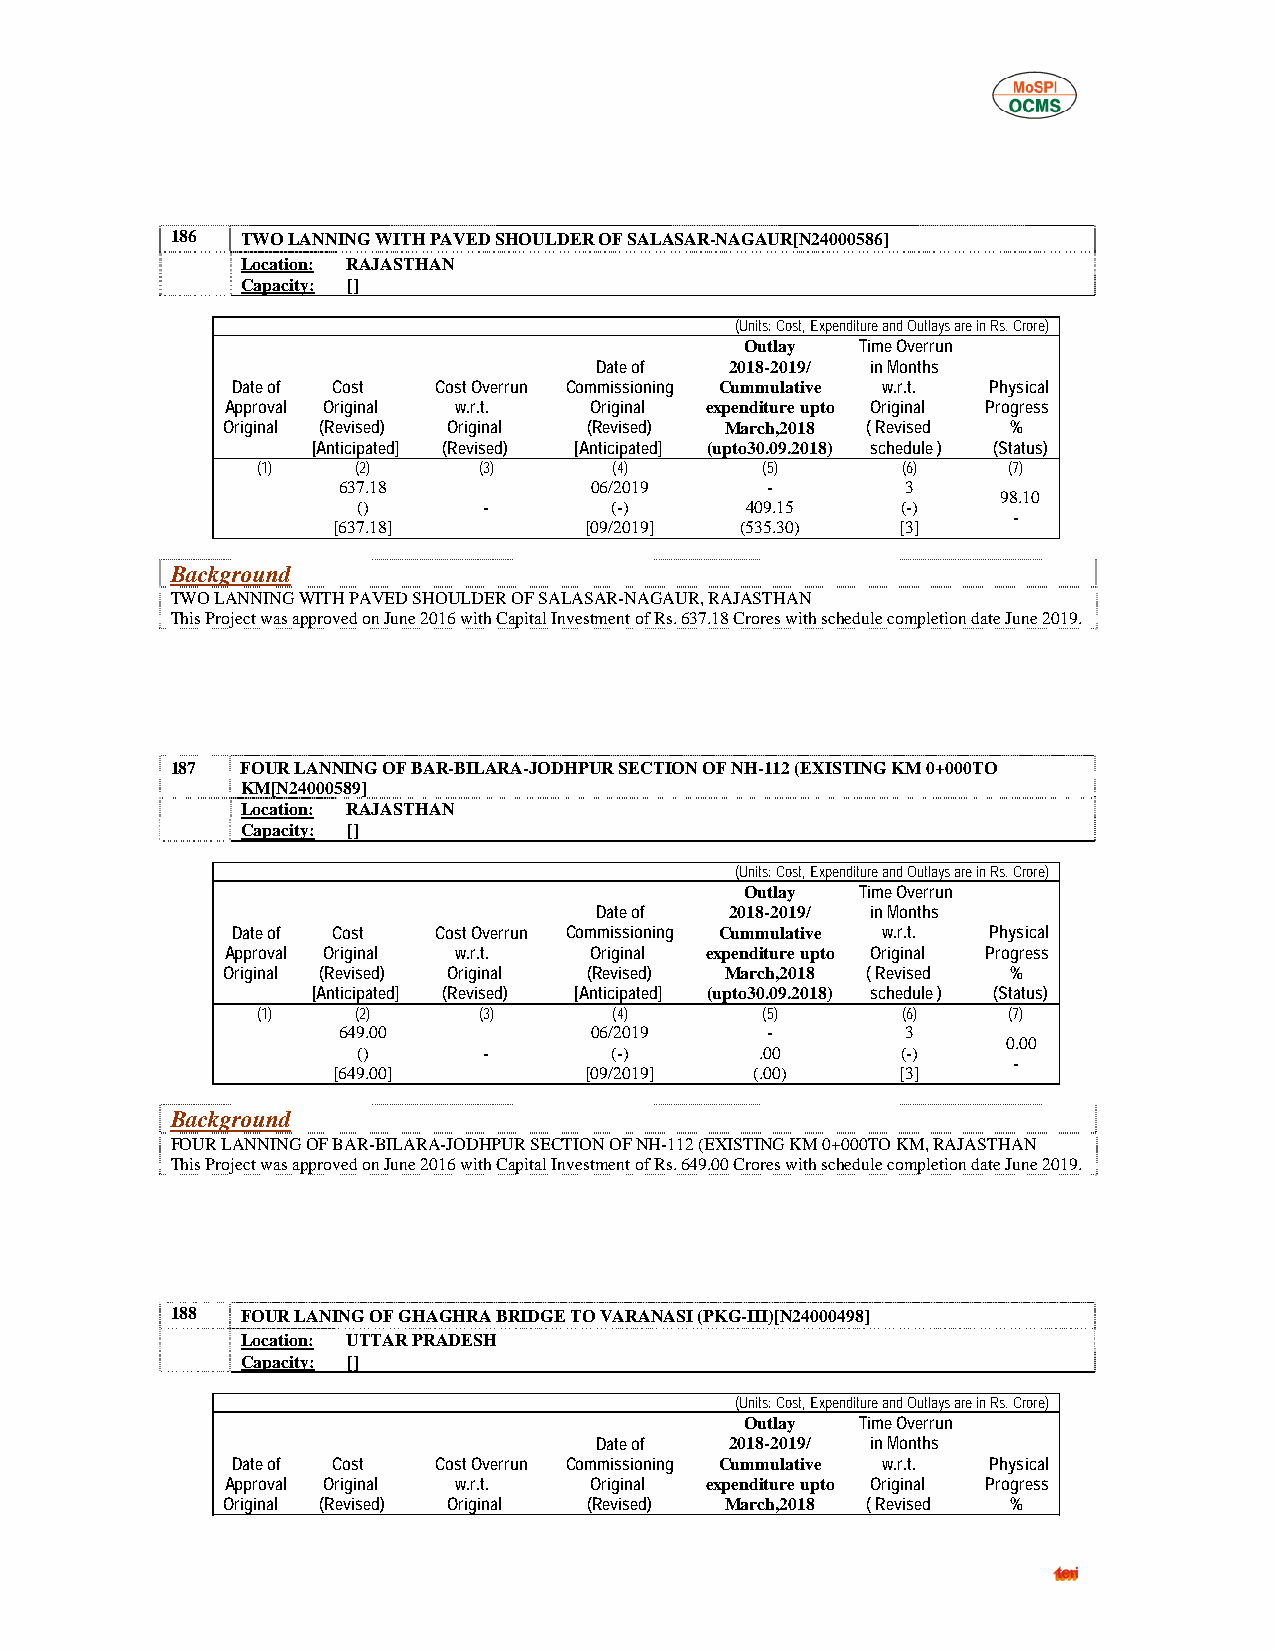
186  TWO LANNING WITH PAVED SHOULDER OF SALASAR-NAGAUR[N24000586]
 Location: RAJASTHAN
 Capacity: []
 (Units: Cost, Expenditure and Outlays are in Rs. Crore)
 Outlay  Time Overrun
 Date of  2018-2019/ in Months
 Date of Cost  Cost Overrun Commissioning Cummulative w.r.t. Physical
 Approval Original w.r.t. Original expenditure upto Original Progress
 Original (Revised) Original (Revised) March,2018 ( Revised %
 [Anticipated] (Revised) [Anticipated] (upto30.09.2018) schedule ) (Status)
 (1)    (2)     (3)      (4)      (5)       (6)    (7)
 637.18           06/2019     -        3
 98.10
 ()      -       (-)      409.15     (-)
 -
 [637.18]         [09/2019] (535.30)   [3]
 Background
 TWO LANNING WITH PAVED SHOULDER OF SALASAR-NAGAUR, RAJASTHAN
 This Project was approved on June 2016 with Capital Investment of Rs. 637.18 Crores with schedule completion date June 2019.
 187  FOUR LANNING OF BAR-BILARA-JODHPUR SECTION OF NH-112 (EXISTING KM 0+000TO
 KM[N24000589]
 Location: RAJASTHAN
 Capacity: []
 (Units: Cost, Expenditure and Outlays are in Rs. Crore)
 Outlay  Time Overrun
 Date of  2018-2019/ in Months
 Date of Cost  Cost Overrun Commissioning Cummulative w.r.t. Physical
 Approval Original w.r.t. Original expenditure upto Original Progress
 Original (Revised) Original (Revised) March,2018 ( Revised %
 [Anticipated] (Revised) [Anticipated] (upto30.09.2018) schedule ) (Status)
 (1)    (2)     (3)      (4)      (5)       (6)    (7)
 649.00           06/2019     -        3
 0.00
 ()      -       (-)       .00       (-)
 -
 [649.00]         [09/2019]  (.00)     [3]
 Background
 FOUR LANNING OF BAR-BILARA-JODHPUR SECTION OF NH-112 (EXISTING KM 0+000TO KM, RAJASTHAN
 This Project was approved on June 2016 with Capital Investment of Rs. 649.00 Crores with schedule completion date June 2019.
 188  FOUR LANING OF GHAGHRA BRIDGE TO VARANASI (PKG-III)[N24000498]
 Location: UTTAR PRADESH
 Capacity: []
 (Units: Cost, Expenditure and Outlays are in Rs. Crore)
 Outlay  Time Overrun
 Date of  2018-2019/ in Months
 Date of Cost  Cost Overrun Commissioning Cummulative w.r.t. Physical
 Approval Original w.r.t. Original expenditure upto Original Progress
 Original (Revised) Original (Revised) March,2018 ( Revised %